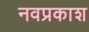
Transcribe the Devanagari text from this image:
नवप्रकाश